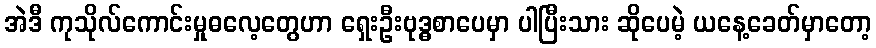
အဲဒီ ကုသိုလ်ကောင်းမှုဓလေ့တွေဟာ ရှေးဦးဗုဒ္ဓစာပေမှာ ပါပြီးသား ဆိုပေမဲ့ ယနေ့ခေတ်မှာတော့